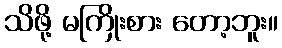
သိဖို့ မကြိုးစား တော့ဘူး။